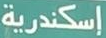
إسكندرية